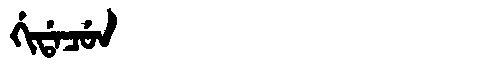
Manchu: ᡤᡳᡩᠠᠴᡠᠨ
Romanization: GIDACUN